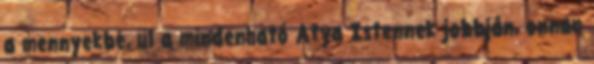
a mennyekbe, ül a mindenható Atya Istennek jobbján, onnan